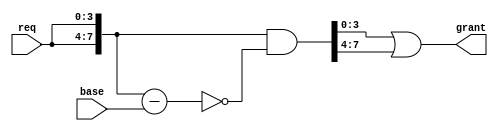
//     (1   )
//  - ,  1   ,     
// ,  1   

module arbiter (
	req, grant, base
);

parameter WIDTH = 4;

input [WIDTH-1:0] req;
output [WIDTH-1:0] grant;
input [WIDTH-1:0] base;

wire [2*WIDTH-1:0] double_req = {req,req};
wire [2*WIDTH-1:0] double_grant = double_req & ~(double_req-base);

assign grant = double_grant[WIDTH-1:0] | double_grant[2*WIDTH-1:WIDTH];
	
endmodule